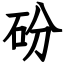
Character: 砏